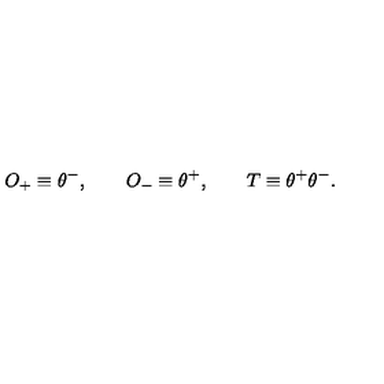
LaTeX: O _ { + } \equiv \theta ^ { - } , \qquad O _ { - } \equiv \theta ^ { + } , \qquad T \equiv \theta ^ { + } \theta ^ { - } .